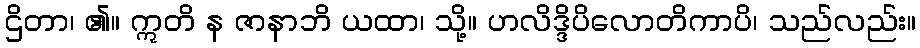
ဌိတာ၊ ၏။ ဣတိ န ဇာနာဘိ ယထာ၊ သို့။ ဟလိဒ္ဒိပိလောတိကာပိ၊ သည်လည်း။